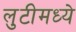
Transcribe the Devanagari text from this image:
लुटीमध्ये